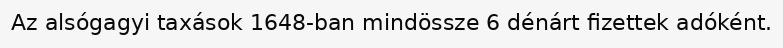
Az alsógagyi taxások 1648-ban mindössze 6 dénárt fizettek adóként.